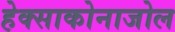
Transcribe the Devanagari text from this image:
हेक्‍साकोनाजोल